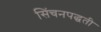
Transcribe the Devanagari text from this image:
सिंचनपद्धती